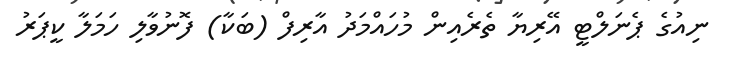
ނިއުގެ ޕެނަލްޓީ އޭރިޔާ ތެރެއިން މުހައްމަދު އާރިފް (ބަކާ) ފޮނުވާލި ހަމަލާ ކީޕަރު